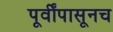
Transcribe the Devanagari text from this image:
पूर्वींपासूनच